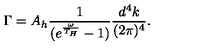
\Gamma = A _ { h } \frac { 1 } { ( e ^ { \frac { \omega } { T _ { H } } } - 1 ) } \frac { d ^ { 4 } k } { ( 2 \pi ) ^ { 4 } } .